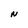
Character: N